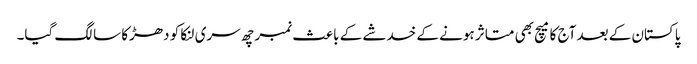
پاکستان کے بعد آج کا میچ بھی متاثر ہونے کے خدشے کے باعث نمبر چھ سری لنکا کو دھڑکا سا لگ گیا۔